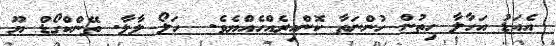
އެއަޑު އަހާލާ ހިތުން ހުންނަތާ ކޮންއިރެއްހެއްޔެވެ.  ހަލޯ ލާލާ. ތޭންކްގޯޑް ޔޫ